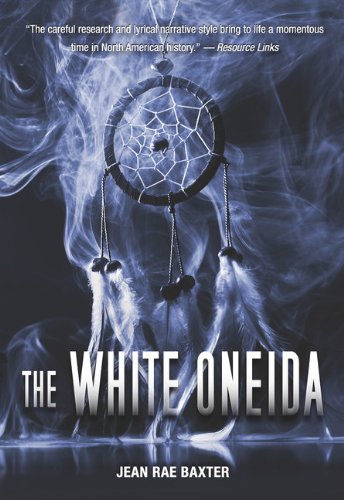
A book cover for The White Oneida; Jean Rae Baxter; Teen & Young Adult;